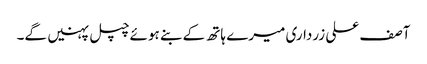
آصف علی زرداری میرے ہاتھ کے بنے ہوئے چپل پہنیں گے۔